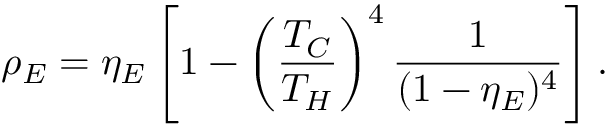
\rho _ { E } = \eta _ { E } \left[ 1 - \left( \frac { T _ { C } } { T _ { H } } \right) ^ { 4 } \frac { 1 } { ( 1 - \eta _ { E } ) ^ { 4 } } \right] .